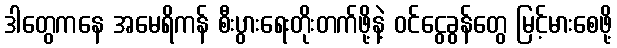
ဒါတွေကနေ အမေရိကန် စီးပွားရေးတိုးတက်ဖို့နဲ့ ဝင်ငွေခွန်တွေ မြင့်မားစေဖို့